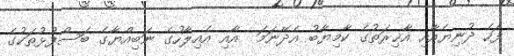
ފަހެ ދުނިޔެއާއި އާޚިރަތުގެ ކާމިޔާބު އެދޭނަމަ  އާއި އެއިލާހުގެ ނަބިއްޔާގެ ބަސްފުޅުތަކުގެ